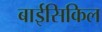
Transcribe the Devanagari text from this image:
बाईसिकिल